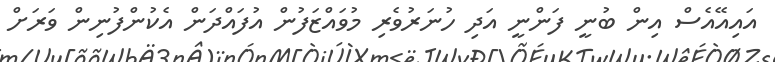
އައިއޭއެސް އިން ބުނީ ފަންނީ އަދި ހުނަރުވެރި މުވައްޒަފުން އުފައްދަން އެކުންފުނިން ވަރަށް